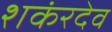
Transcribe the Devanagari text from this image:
शकंरदेव